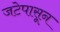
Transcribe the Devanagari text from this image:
जटेपासून